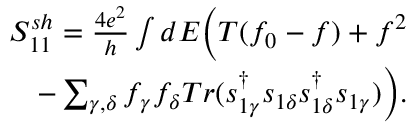
\begin{array} { r } { { S _ { 1 1 } ^ { s h } = \frac { 4 e ^ { 2 } } { h } \int d E \bigg ( T ( f _ { 0 } - f ) + f ^ { 2 } } } \\ { { - \sum _ { \gamma , \delta } f _ { \gamma } f _ { \delta } T r ( s _ { 1 \gamma } ^ { \dagger } s _ { 1 \delta } s _ { 1 \delta } ^ { \dagger } s _ { 1 \gamma } ) \bigg ) } . } \end{array}